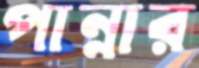
পান্নার